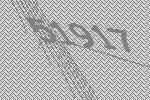
51917